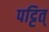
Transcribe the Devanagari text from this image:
पट्टित्